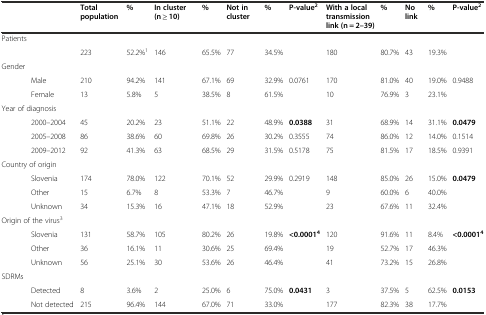
<table><thead><tr><td colspan="2"></td><td><b>Total population</b></td><td><b>%</b></td><td><b>In cluster (n ≥ 10)</b></td><td><b>%</b></td><td><b>Not in cluster</b></td><td><b>%</b></td><td><b>P-value<sup>2</sup></b></td><td><b>With a local transmission link (n = 2–39)</b></td><td><b>%</b></td><td><b>No link</b></td><td><b>%</b></td><td><b>P-value<sup>2</sup></b></td></tr></thead><tbody><tr><td colspan="2">Patients</td><td></td><td></td><td></td><td></td><td></td><td></td><td></td><td></td><td></td><td></td><td></td><td></td></tr><tr><td></td><td></td><td>223</td><td>52.2%<sup>1</sup></td><td>146</td><td>65.5%</td><td>77</td><td>34.5%</td><td></td><td>180</td><td>80.7%</td><td>43</td><td>19.3%</td><td></td></tr><tr><td>Gender</td><td></td><td></td><td></td><td></td><td></td><td></td><td></td><td></td><td></td><td></td><td></td><td></td><td></td></tr><tr><td></td><td>Male</td><td>210</td><td>94.2%</td><td>141</td><td>67.1%</td><td>69</td><td>32.9%</td><td>0.0761</td><td>170</td><td>81.0%</td><td>40</td><td>19.0%</td><td>0.9488</td></tr><tr><td></td><td>Female</td><td>13</td><td>5.8%</td><td>5</td><td>38.5%</td><td>8</td><td>61.5%</td><td></td><td>10</td><td>76.9%</td><td>3</td><td>23.1%</td><td></td></tr><tr><td colspan="2">Year of diagnosis</td><td></td><td></td><td></td><td></td><td></td><td></td><td></td><td></td><td></td><td></td><td></td><td></td></tr><tr><td></td><td>2000–2004</td><td>45</td><td>20.2%</td><td>23</td><td>51.1%</td><td>22</td><td>48.9%</td><td><b>0.0388</b></td><td>31</td><td>68.9%</td><td>14</td><td>31.1%</td><td><b>0.0479</b></td></tr><tr><td></td><td>2005–2008</td><td>86</td><td>38.6%</td><td>60</td><td>69.8%</td><td>26</td><td>30.2%</td><td>0.3555</td><td>74</td><td>86.0%</td><td>12</td><td>14.0%</td><td>0.1514</td></tr><tr><td></td><td>2009–2012</td><td>92</td><td>41.3%</td><td>63</td><td>68.5%</td><td>29</td><td>31.5%</td><td>0.5178</td><td>75</td><td>81.5%</td><td>17</td><td>18.5%</td><td>0.9391</td></tr><tr><td colspan="2">Country of origin</td><td></td><td></td><td></td><td></td><td></td><td></td><td></td><td></td><td></td><td></td><td></td><td></td></tr><tr><td></td><td>Slovenia</td><td>174</td><td>78.0%</td><td>122</td><td>70.1%</td><td>52</td><td>29.9%</td><td>0.2919</td><td>148</td><td>85.0%</td><td>26</td><td>15.0%</td><td><b>0.0479</b></td></tr><tr><td></td><td>Other</td><td>15</td><td>6.7%</td><td>8</td><td>53.3%</td><td>7</td><td>46.7%</td><td></td><td>9</td><td>60.0%</td><td>6</td><td>40.0%</td><td></td></tr><tr><td></td><td>Unknown</td><td>34</td><td>15.3%</td><td>16</td><td>47.1%</td><td>18</td><td>52.9%</td><td></td><td>23</td><td>67.6%</td><td>11</td><td>32.4%</td><td></td></tr><tr><td colspan="2">Origin of the virus<sup>3</sup></td><td></td><td></td><td></td><td></td><td></td><td></td><td></td><td></td><td></td><td></td><td></td><td></td></tr><tr><td></td><td>Slovenia</td><td>131</td><td>58.7%</td><td>105</td><td>80.2%</td><td>26</td><td>19.8%</td><td><b>&lt;0.0001</b><sup><b>4</b></sup></td><td>120</td><td>91.6%</td><td>11</td><td>8.4%</td><td><b>&lt;0.0001</b><sup><b>4</b></sup></td></tr><tr><td></td><td>Other</td><td>36</td><td>16.1%</td><td>11</td><td>30.6%</td><td>25</td><td>69.4%</td><td></td><td>19</td><td>52.7%</td><td>17</td><td>46.3%</td><td></td></tr><tr><td></td><td>Unknown</td><td>56</td><td>25.1%</td><td>30</td><td>53.6%</td><td>26</td><td>46.4%</td><td></td><td>41</td><td>73.2%</td><td>15</td><td>26.8%</td><td></td></tr><tr><td colspan="2">SDRMs</td><td></td><td></td><td></td><td></td><td></td><td></td><td></td><td></td><td></td><td></td><td></td><td></td></tr><tr><td></td><td>Detected</td><td>8</td><td>3.6%</td><td>2</td><td>25.0%</td><td>6</td><td>75.0%</td><td><b>0.0431</b></td><td>3</td><td>37.5%</td><td>5</td><td>62.5%</td><td><b>0.0153</b></td></tr><tr><td></td><td>Not detected</td><td>215</td><td>96.4%</td><td>144</td><td>67.0%</td><td>71</td><td>33.0%</td><td></td><td>177</td><td>82.3%</td><td>38</td><td>17.7%</td><td></td></tr></tbody></table>